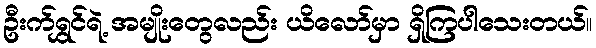
ဦးက်ရွှင်ရဲ့ အမျိုးတွေလည်း ယိလော်မှာ ရှိကြပါသေးတယ်။